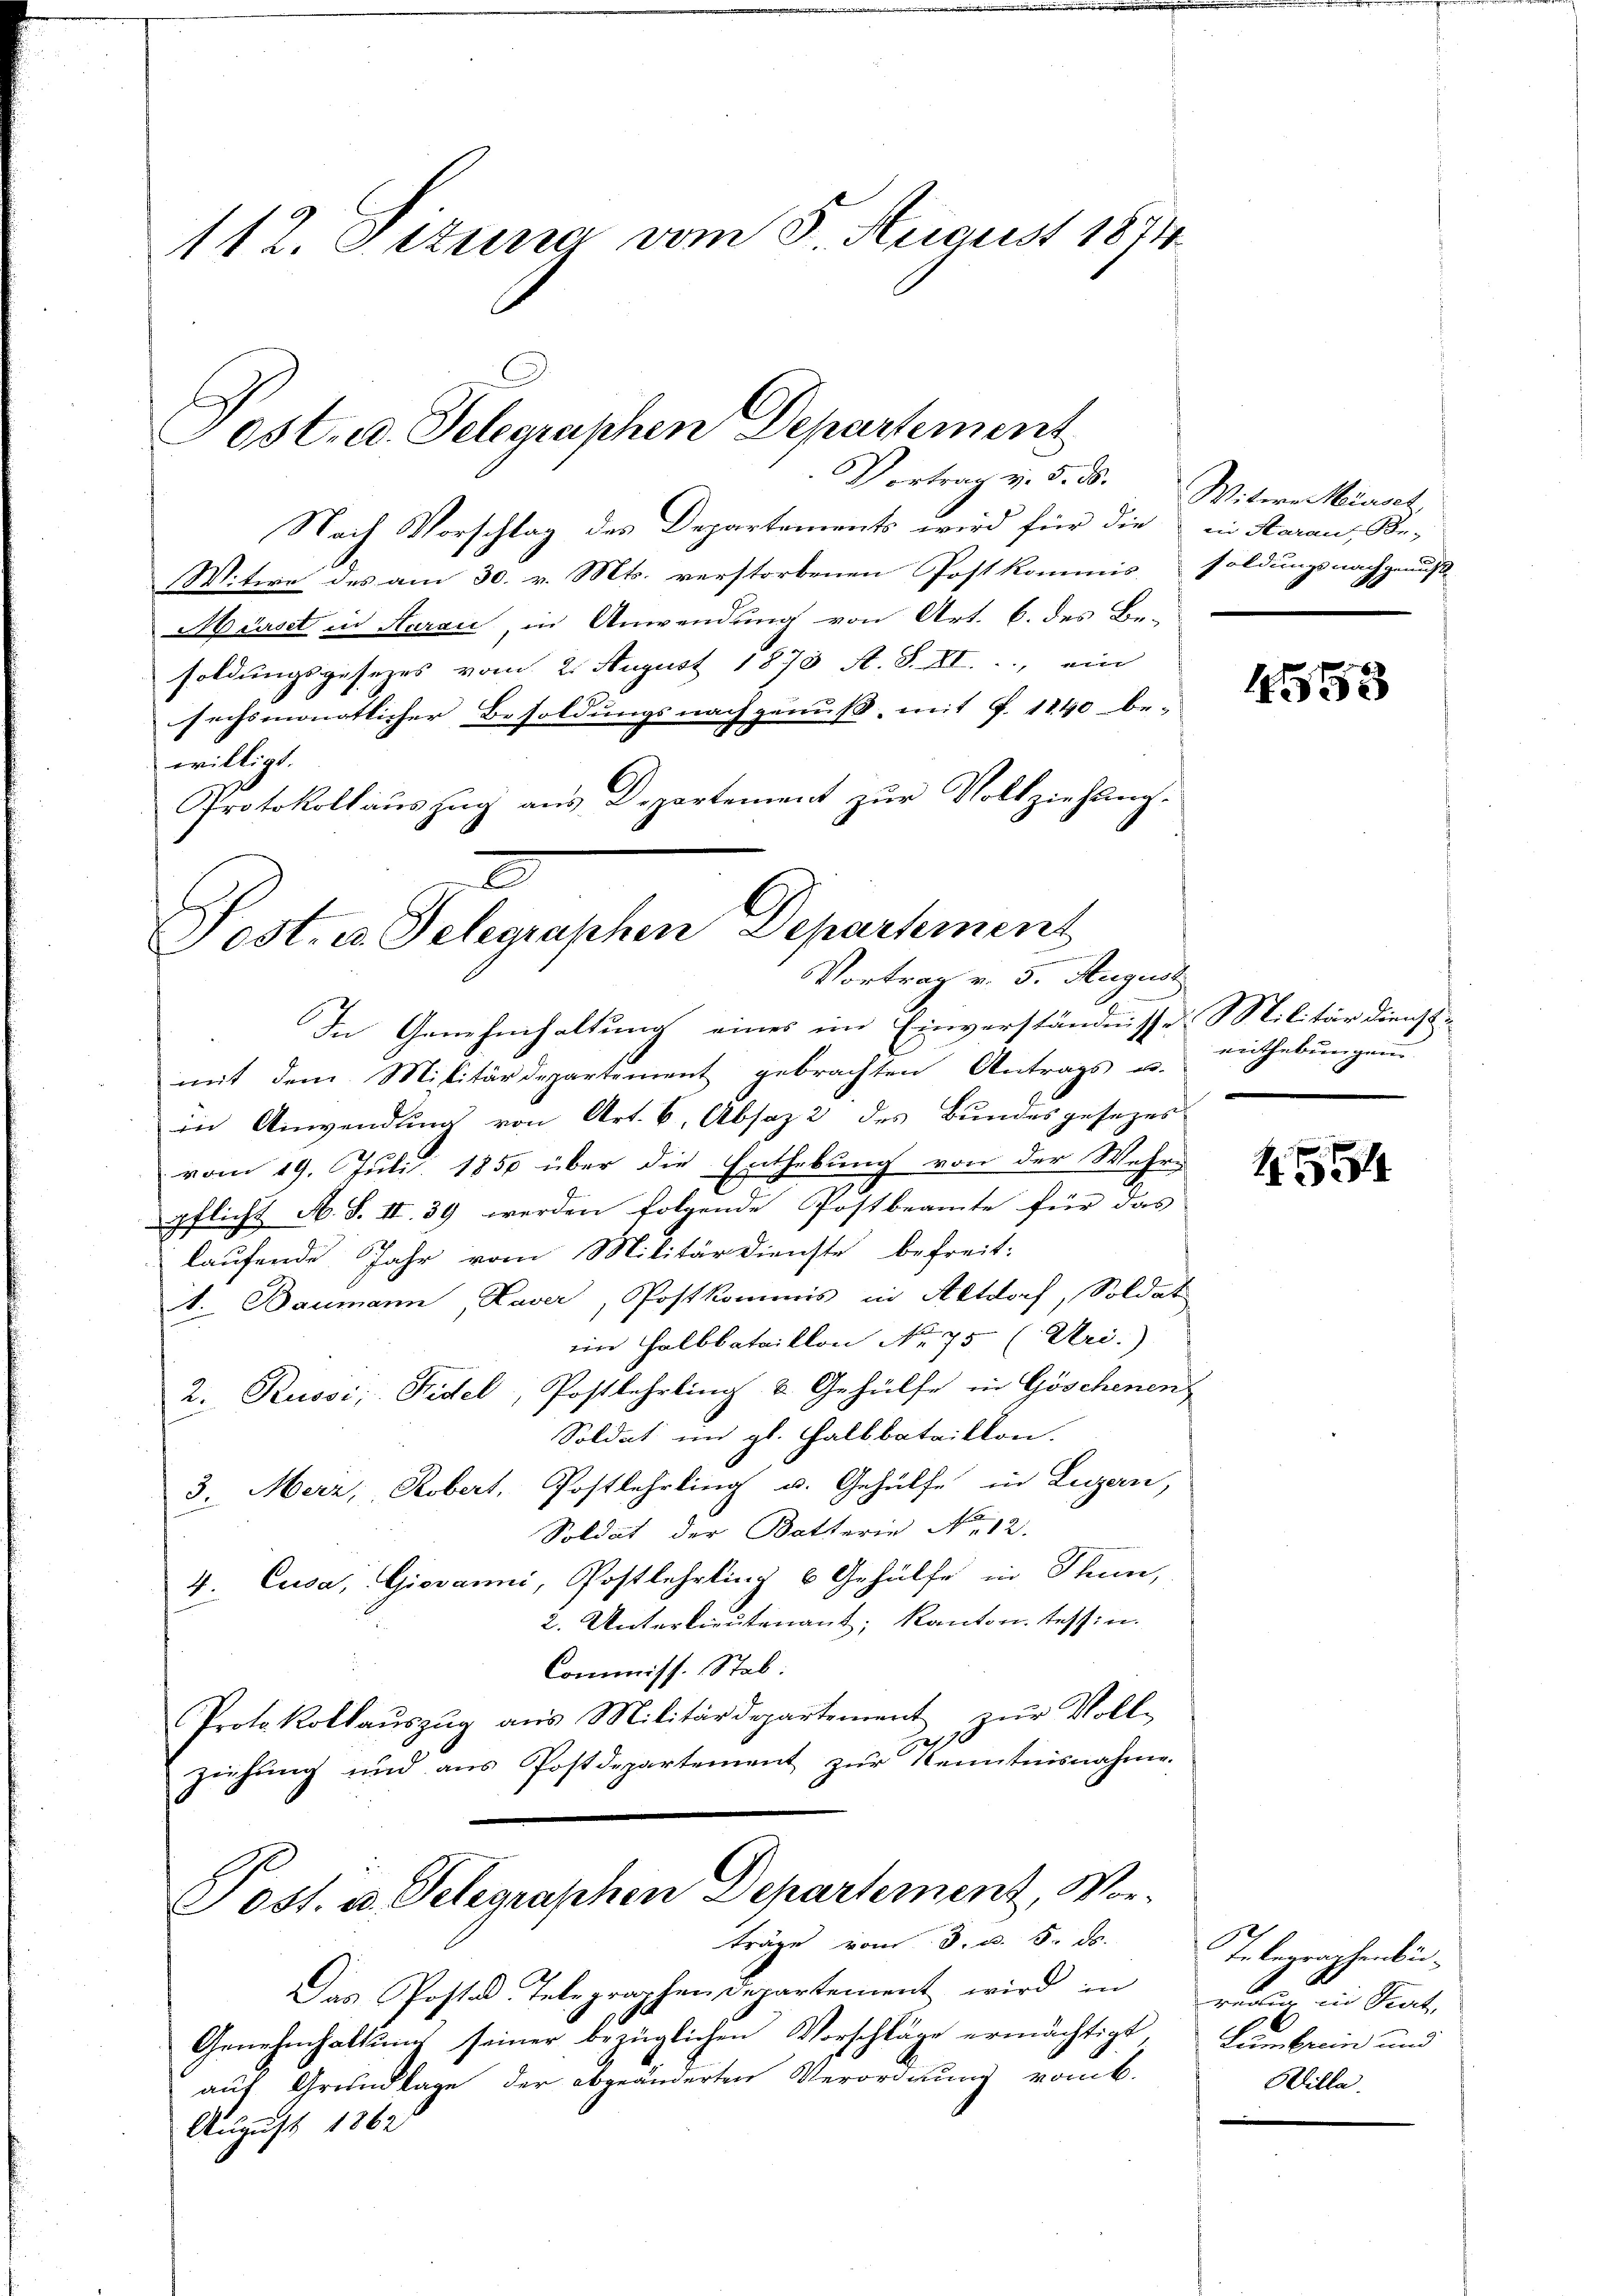
112. Ottung vom 5. August 1874.

Post- u. Telegraphen Departement
Vortrag v. 5. ds.

Nach Vorschlag des Departements wird für die in Aarau, Be-
Witwe des am 30. v. Mts. verstorbenen Postkommis, soldungsnachgenuße
Mürst in Aarau, in Anwendung von Art. 6. des Be-
soldungsgesezes vom 2. August 1873 A. S. XI., ein
sechsmonatlicher Besoldungsnachgenuß, mit §. 1840 be-
willigt.
Protokollauszug aus Departement zur Vollziehung.
In Genehmhaltung eines im Einverständnisse Militärdienst-
mit dem Militärdepartement gebrachten Antrags u.
in Anwendung von Art. 6, Absaz 2 des Bundesgesezes
vom 19. Juli 1850 über die Enthebung von der Wehrs
pflicht A. S. II. 39 werden folgende Postbeamte für das
laufende Jahr vom Militärdienste befreit-
A. Baumann Laver, Postkommis in Altdorf, Soldat
ein Halbbataillon No 75 (Uri.)
2. Russi, Fidel, Postlehrling & Gehülfe in Göschenens
Soldat im gl. Halbbataillon.
3. Merz, Robert, Postlehrling u. Gehülfe in Luzern,
Soldat der Dotterie No 12.
4. Cusa, Giovanni, Postlehrling 6 Gehülfe in Thun,
2. Unterlieutenant, Kanton Tessin.
Commiss. Stab:
Protokollaŭszŭg aŭs Militärdepartement zŭr Voll-
ziehung und aus Postdepartement zur Kenntnisnahme.
Post. u. Telegraphen Departement, Vorträge vom 3. d. 5. ds.
Das Posten Telegraphen Departement wird in
Genehmhaltung seiner bezüglichen Vorschläge ermächtigt
auf Grundlage der abgeänderten Verordnung vom k.
August 1862

2
Post. u. Telegraphen Departement
n
Vortrag v. 5. August

Witwe Meinsch

1553

enthebungen

1554

12
x
Inbegraphenbü-
regung in Stat
Lumbrein und
Wille.